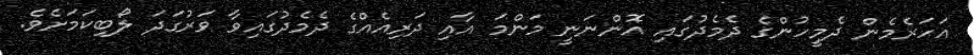
އަހަރެމެން ދެމީހުންގެ ދެމެދުގައި އޮންނަނީ މަންމަ އާއި ދަރިއެއްގެ ދެމެދުގައިވާ ވަރުގަދަ ލޯބިކަމަށެވެ.